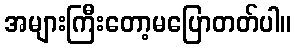
အများကြီးတော့မပြောတတ်ပါ။